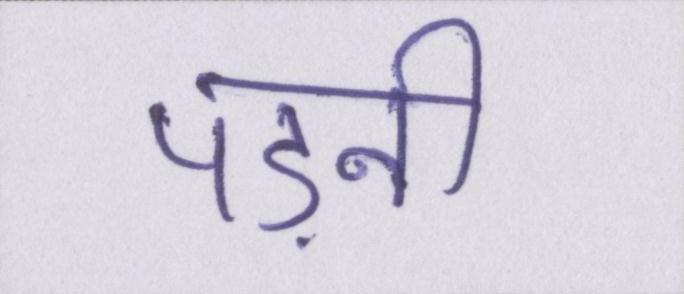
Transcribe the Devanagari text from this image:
पड़नी